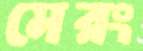
মেরং